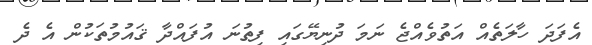
އެފަދަ ހާލަތެއް އަތުވެއްޖެ ނަމަ ދުނިޔޭގައި ފިތުނަ އުފައްދާ ޤައުމުތަކުން އެ ދެ